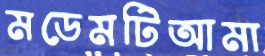
মডেমটিআমা